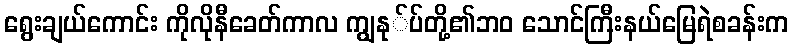
ရွေးချယ်ကောင်း ကိုလိုနီခေတ်ကာလ ကျွနု်ပ်တို့၏ဘ၀ သောင်ကြီးနယ်မြေရဲစခန်းက